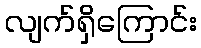
လျက်ရှိကြောင်း